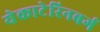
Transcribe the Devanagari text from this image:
येकाटेरिनबर्ग